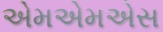
એમએમએસ